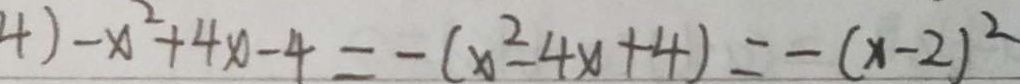
4 ) - x ^ { 2 } + 4 x - 4 = - ( x ^ { 2 } - 4 x + 4 ) = - ( x - 2 ) ^ { 2 }